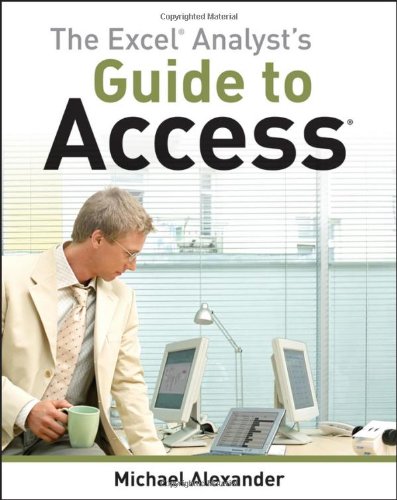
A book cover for The Excel Analyst's Guide to Access; Michael Alexander; Computers & Technology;